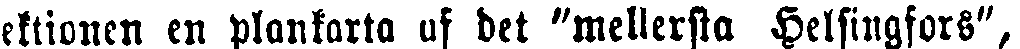
sektionen en plankarta af det "mellersta Helsingfors",